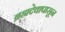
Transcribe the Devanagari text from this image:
ब्रह्मदेवापासून